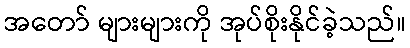
အတော် များများကို အုပ်စိုးနိုင်ခဲ့သည်။